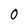
Character: O